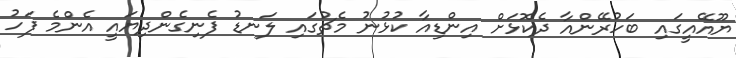
ޔޫއޭއީގައި ބަހުރޭންއާ ދެކޮޅަށް އިންޑިއާ ކުޅުނު މެޗުގައި ލަނޑު ފެނިގެންދިޔައީ އެންމެ ފަހު